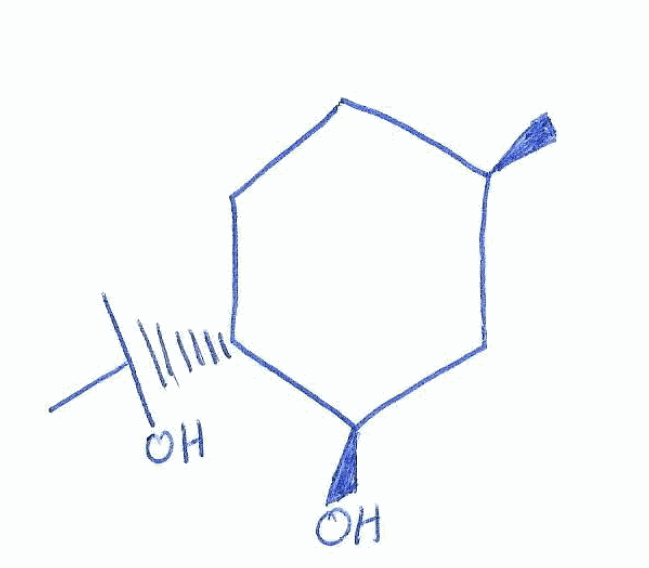
Simplified molecular-input line-entry system (SMILES) notation of the given molecule:
C[C@@H]1CC[C@H]([C@@H](C1)O)C(C)(C)O